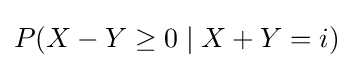
P(X-Y\geq 0\mid X+Y=i)